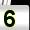
Digit: 5